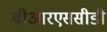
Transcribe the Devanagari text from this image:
वीआरएससीडी